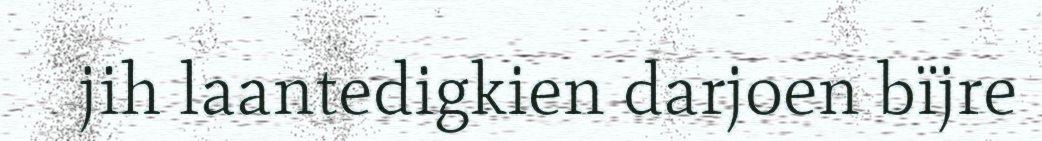
jih laantedigkien darjoen bïjre